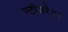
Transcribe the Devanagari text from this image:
स्टीयरेट।